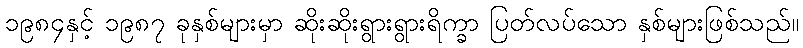
၁၉၈၄နှင့် ၁၉၈၇ ခုနှစ်များမှာ ဆိုးဆိုးရွားရွားရိက္ခာ ပြတ်လပ်သော နှစ်များဖြစ်သည်။